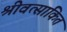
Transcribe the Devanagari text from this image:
श्रीवत्सांकित